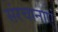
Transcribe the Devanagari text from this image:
संरचानाएं